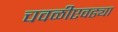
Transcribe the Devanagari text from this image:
चवळीएवढ्या